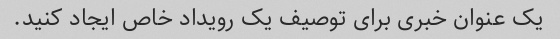
یک عنوان خبری برای توصیف یک رویداد خاص ایجاد کنید.